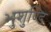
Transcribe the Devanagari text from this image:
भुशुण्डि